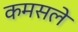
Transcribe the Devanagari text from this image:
कमसले